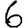
Digit: 6